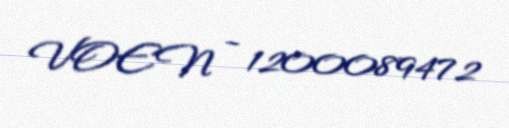
VOEN - 1200089472